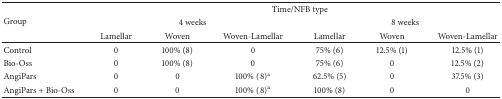
<table><thead><tr><td rowspan="3"><b>Group</b></td><td colspan="6"><b>Time/NFB type</b></td></tr><tr><td colspan="3"><b>4 weeks</b></td><td colspan="3"><b>8 weeks</b></td></tr><tr><td><b>Lamellar</b></td><td><b>Woven</b></td><td><b>Woven-Lamellar</b></td><td><b>Lamellar</b></td><td><b>Woven</b></td><td><b>Woven-Lamellar</b></td></tr></thead><tbody><tr><td>Control</td><td>0</td><td>100% (8)</td><td>0</td><td>75% (6)</td><td>12.5% (1)</td><td>12.5% (1)</td></tr><tr><td>Bio-Oss</td><td>0</td><td>100% (8)</td><td>0</td><td>75% (6)</td><td>0</td><td>12.5% (2)</td></tr><tr><td>AngiPars</td><td>0</td><td>0</td><td>100%(8)<sup>a</sup></td><td>62.5% (5)</td><td>0</td><td>37.5% (3)</td></tr><tr><td>AngiPars + Bio-Oss</td><td>0</td><td>0</td><td>100%(8)<sup>a</sup></td><td>100% (8)</td><td>0</td><td>0</td></tr></tbody></table>